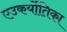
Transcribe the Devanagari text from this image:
एउकर्योतिका